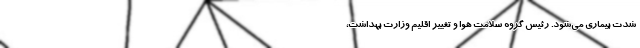
شدت بیماری می‌شود. رئیس گروه سلامت هوا و تغییر اقلیم وزارت بهداشت،